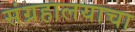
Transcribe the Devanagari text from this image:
संग्रहालयाचा